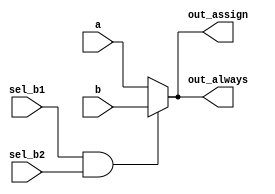
/*
tenary operator with assign statements: assign out = (condition) ? x : y;
*/



// synthesis verilog_input_version verilog_2001
module top_module(
    input a,
    input b,
    input sel_b1,
    input sel_b2,
    output wire out_assign,
    output reg out_always   ); 


assign out_assign = (sel_b1 == 1 && sel_b2 == 1) ? b : a;


always @(*) begin
    if (sel_b1 == 1 && sel_b2 == 1) begin
        out_always = b;
    end
    else begin
        out_always = a;
    end
end

endmodule